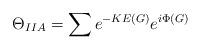
LaTeX: \begin{align*}\Theta_{IIA} = \sum e^{-KE(G)}e^{i \Phi(G)} \end{align*}